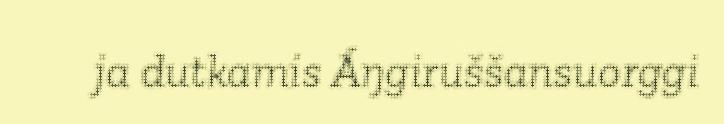
ja dutkamis Áŋgiruššansuorggi